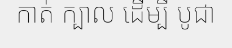
កាត់ ក្បាល ដើម្បី បូជា